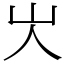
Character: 㞤